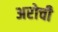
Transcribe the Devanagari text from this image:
अरोची